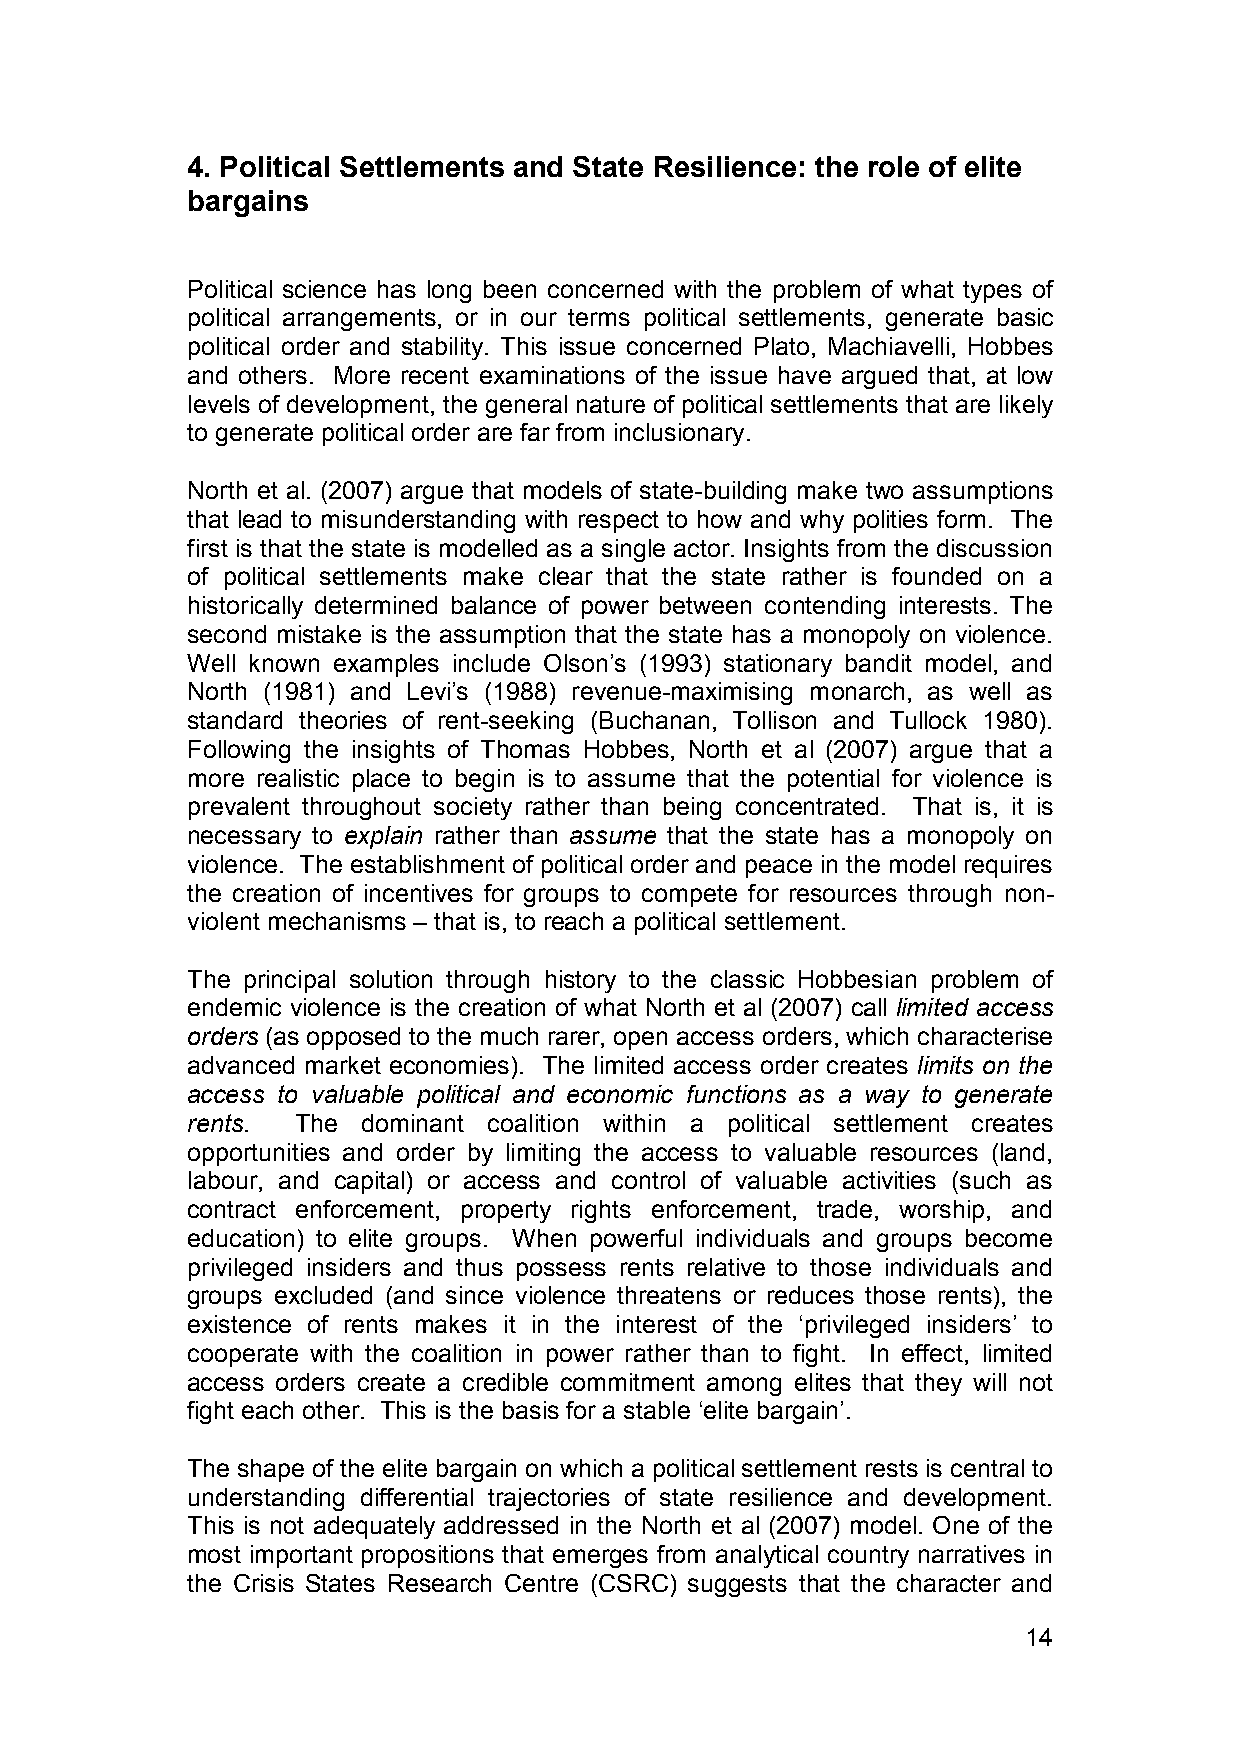
4. Political Settlements and State Resilience: the role of elite
 bargains
 Political science has long been concerned with the problem of what types of
 political arrangements, or in our terms political settlements, generate basic
 political order and stability. This issue concerned Plato, Machiavelli, Hobbes
 and others. More recent examinations of the issue have argued that, at low
 levels of development, the general nature of political settlements that are likely
 to generate political order are far from inclusionary.
 North et al. (2007) argue that models of state-building make two assumptions
 that lead to misunderstanding with respect to how and why polities form. The
 first is that the state is modelled as a single actor. Insights from the discussion
 of political settlements make clear that the state rather is founded on a
 historically determined balance of power between contending interests. The
 second mistake is the assumption that the state has a monopoly on violence.
 Well known examples include Olson’s (1993) stationary bandit model, and
 North (1981) and Levi’s (1988) revenue-maximising monarch, as well as
 standard theories of rent-seeking (Buchanan, Tollison and Tullock 1980).
 Following the insights of Thomas Hobbes, North et al (2007) argue that a
 more realistic place to begin is to assume that the potential for violence is
 prevalent throughout society rather than being concentrated. That is, it is
 necessary to explain rather than assume that the state has a monopoly on
 violence. The establishment of political order and peace in the model requires
 the creation of incentives for groups to compete for resources through non-
 violent mechanisms – that is, to reach a political settlement.
 The principal solution through history to the classic Hobbesian problem of
 endemic violence is the creation of what North et al (2007) call limited access
 orders (as opposed to the much rarer, open access orders, which characterise
 advanced market economies). The limited access order creates limits on the
 access to valuable political and economic functions as a way to generate
 rents.  The dominant coalition within a political settlement creates
 opportunities and order by limiting the access to valuable resources (land,
 labour, and capital) or access and control of valuable activities (such as
 contract enforcement, property rights enforcement, trade, worship, and
 education) to elite groups. When powerful individuals and groups become
 privileged insiders and thus possess rents relative to those individuals and
 groups excluded (and since violence threatens or reduces those rents), the
 existence of rents makes it in the interest of the ‘privileged insiders’ to
 cooperate with the coalition in power rather than to fight. In effect, limited
 access orders create a credible commitment among elites that they will not
 fight each other. This is the basis for a stable ‘elite bargain’.
 The shape of the elite bargain on which a political settlement rests is central to
 understanding differential trajectories of state resilience and development.
 This is not adequately addressed in the North et al (2007) model. One of the
 most important propositions that emerges from analytical country narratives in
 the Crisis States Research Centre (CSRC) suggests that the character and
 14